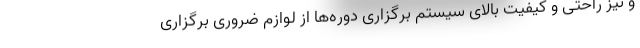
و نیز راحتی و کیفیت بالای سیستم برگزاری دوره‌ها از لوازم ضروری برگزاری